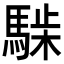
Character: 𩤋